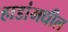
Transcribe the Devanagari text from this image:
हाडांमधील